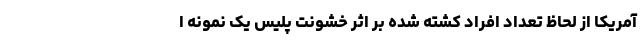
آمریکا از لحاظ تعداد افراد کشته‌ شده بر اثر خشونت پلیس یک نمونه ا